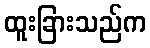
ထူးခြားသည်က